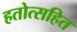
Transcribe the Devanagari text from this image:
हतोत्सहित